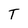
Character: T